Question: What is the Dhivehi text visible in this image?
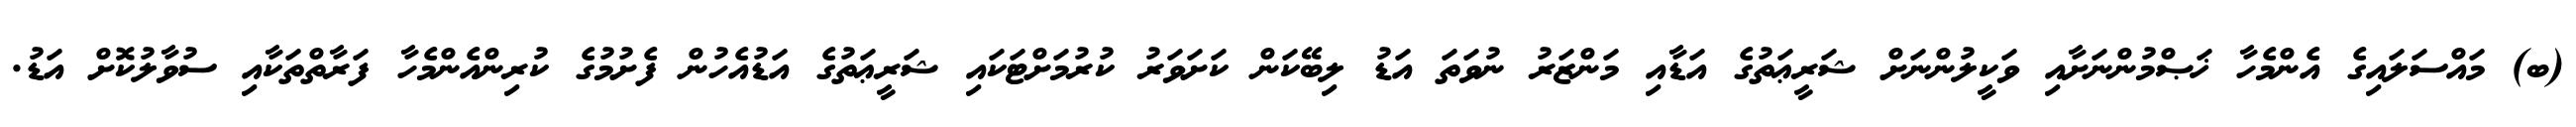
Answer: (ބ) މައްސަލައިގެ އެންމެހާ ޚަޞްމުންނަށާއި ވަކީލުންނަށް ޝަރީޢަތުގެ އަޑާއި މަންޒަރު ނުވަތަ އަޑު ލިބޭކަން ކަށަވަރު ކުރުމަށްޓަކައި ޝަރީޢަތުގެ އަޑުއެހުން ފެށުމުގެ ކުރިންއެންމެހާ ފަރާތްތަކާއި ސުވާލުކޮށް އަޑު.